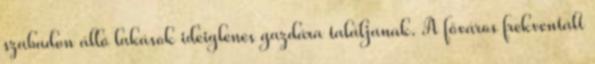
szabadon álló lakások ideiglenes gazdára találjanak. A főváros frekventált